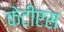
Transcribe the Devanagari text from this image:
केटीएस